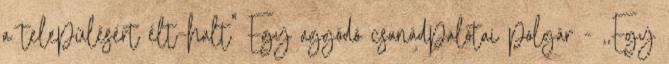
a településért élt–halt” Egy aggódó csanádpalotai polgár - ,,Egy